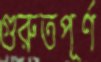
গুরুতপূর্ণ